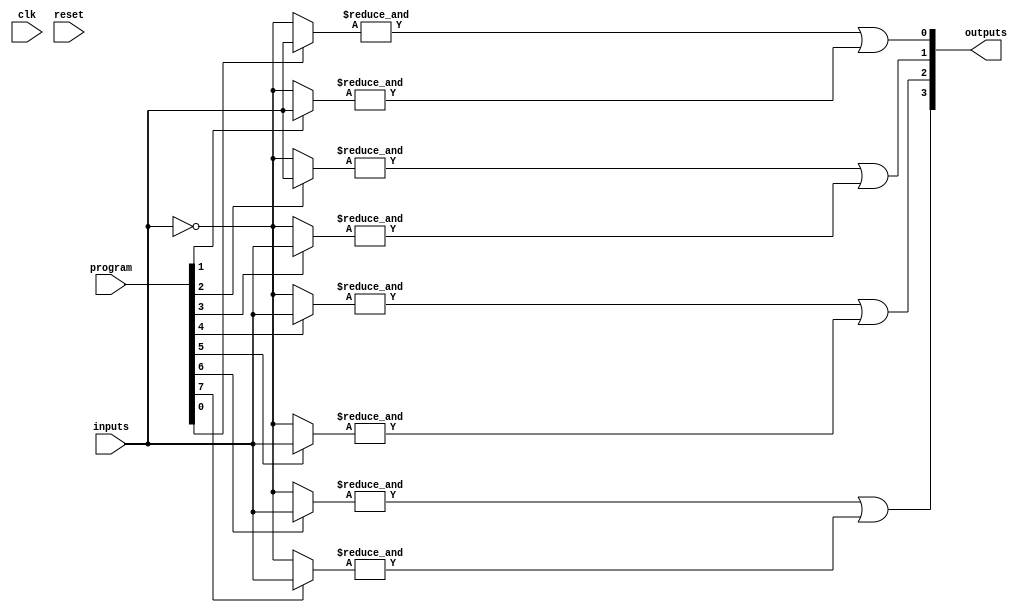
module jewel_pal (
    input wire [N-1:0] inputs,      // N input lines
    input wire [M-1:0] program,     // Programming signals for AND array
    output wire [P-1:0] outputs,     // P output lines
    input wire clk,                  // Clock signal for control logic
    input wire reset                 // Reset signal
);

// Parameters
parameter N = 8; // Number of inputs
parameter M = 16; // Number of programmable AND gates
parameter P = 4; // Number of outputs

// Internal signals
wire [M-1:0] and_out; // Outputs of the AND gates
wire [P-1:0] or_out;   // Outputs of the OR gates

// Programmable AND Array
genvar i, j;
generate
    for (i = 0; i < M; i = i + 1) begin : and_array
        wire [N-1:0] and_inputs;
        assign and_inputs = program[i] ? inputs : ~inputs; // Example of programmable connections
        assign and_out[i] = &and_inputs; // AND operation
    end
endgenerate

// Fixed OR Array
assign or_out[0] = and_out[0] | and_out[1]; // Example OR connections
assign or_out[1] = and_out[2] | and_out[3];
assign or_out[2] = and_out[4] | and_out[5];
assign or_out[3] = and_out[6] | and_out[7];

// Assign outputs
assign outputs = or_out;

// Control Logic (simplified)
always @(posedge clk or posedge reset) begin
    if (reset) begin
        // Reset logic here
    end else begin
        // Control logic for programming the AND array
    end
end

endmodule